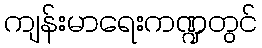
ကျန်းမာရေးကဏ္ဍတွင်